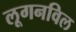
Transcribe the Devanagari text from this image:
लूगनविल